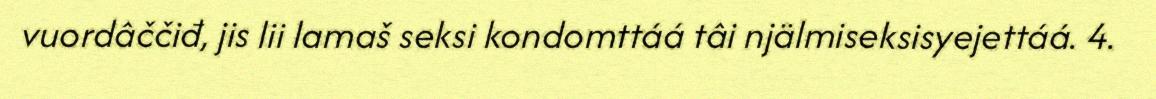
vuordâččiđ, jis lii lamaš seksi kondomttáá tâi njälmiseksisyejettáá. 4.